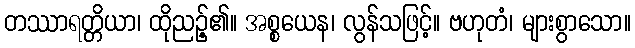
တဿာရတ္တိယာ၊ ထိုညဉ့်၏။ အစ္စယေန၊ လွန်သဖြင့်။ ဗဟုတံ၊ များစွာသော။